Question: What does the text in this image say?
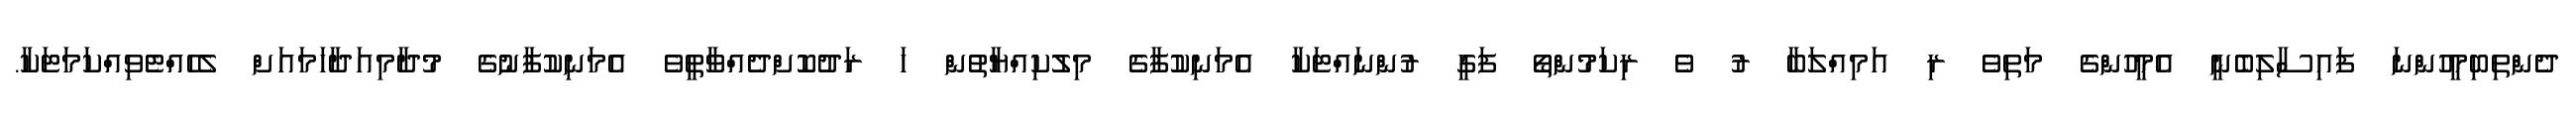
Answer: ދެންތިބިމީހުންނަ ފައިސާލިބެނީ އެމީހުންގެ މަތިވެ ރި އަމިއްލަބާ ރު ވެ ރިކަމުންތޯ ފަގީ ރުންނައްޓަކާ އެމަނިކުފާގެ މިލުކިއްޔާތުން ހަ ރަދުކޮށްދެއްވާތީވެ އެމަނިކުފާނުގެ މުދާމިއަދާހަމައަށް ލެހެއްޓެވިއްކަމަޓަކާ.